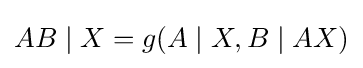
AB\mid X=g(A\mid X,B\mid AX)